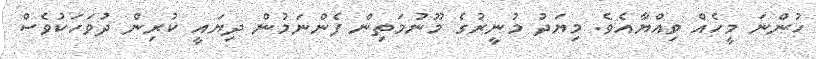
ހުންނަ މީހެއް ވިއްޔާއެވެ. މިޔަދު މުނީރުގެ މޫނުމަތިން ފެންނަމުން ދިޔައީ ކުރިން ދުވަހަކުވެސް